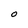
Character: O